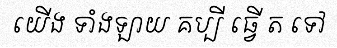
យើង ទាំងឡាយ គប្បី ធ្វើ ត ទៅ